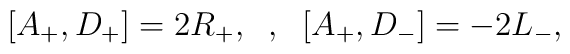
[A_+,D_+] = 2R_+,  \;\;,\;\   [A_+,D_-]=-2L_-,